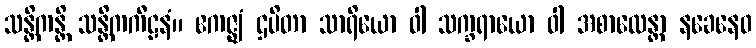
သန္တိကန္တိ သန္တိကကီဠနံ။ ဧကဇ္ဈံ ဌပိတာ သာရိယော ဝါ သက္ခရာယော ဝါ အစာလေန္တာ နခေနေဝ